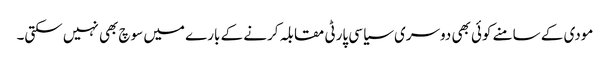
مودی کے سامنے کوئی بھی دوسری سیاسی پارٹی مقابلہ کرنے کے بارے میں سوچ بھی نہیں سکتی۔